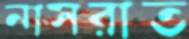
নাসরাত